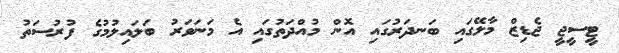
ޓީސީޖީ ޖެޑިޒް މާލޭގައި ބަނދަރުގައި އޮން މުއްދަތުގައި އެ މަނަވަރު ބަލައިލުމުގެ ފުރުސަތު